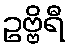
ဥဗ္ဗိရီ